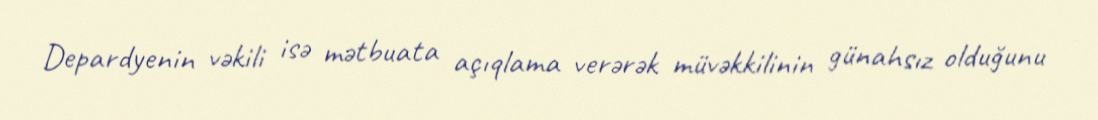
Depardyenin vəkili isə mətbuata açıqlama verərək müvəkkilinin günahsız olduğunu